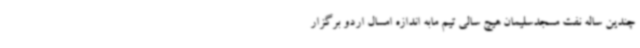
چندین ساله نفت مسجدسلیمان هیچ سالی تیم مابه اندازه امسال اردو برگزار